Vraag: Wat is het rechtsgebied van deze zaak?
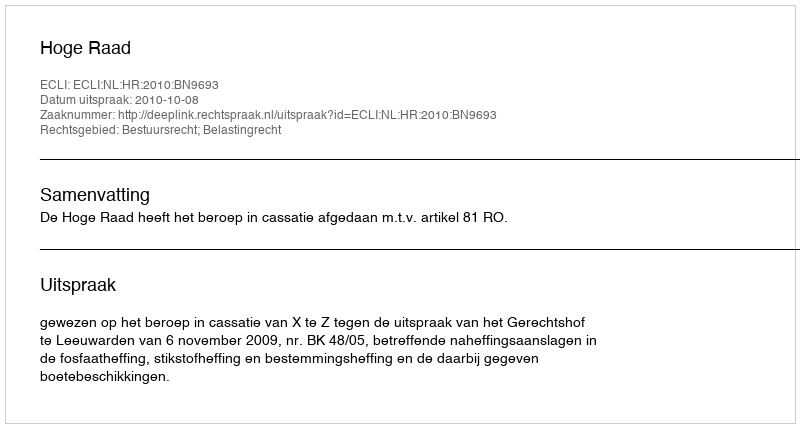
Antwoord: Bestuursrecht; Belastingrecht